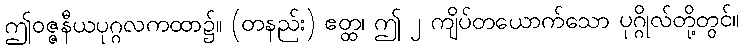
ဤဝဇ္ဇနီယပုဂ္ဂလကထာ၌။ (တနည်း) ဧတ္ထ၊ ဤ ၂ ကျိပ်တယောက်သော ပုဂ္ဂိုလ်တို့တွင်။